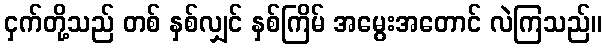
ငှက်တို့သည် တစ် နှစ်လျှင် နှစ်ကြိမ် အမွေးအတောင် လဲကြသည်။